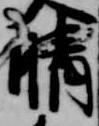
晴